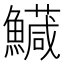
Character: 𩼘